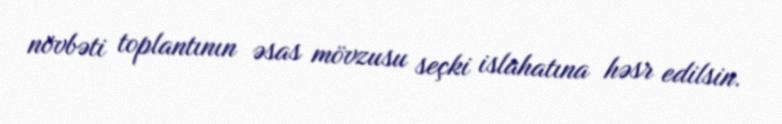
növbəti toplantının əsas mövzusu seçki islahatına həsr edilsin.